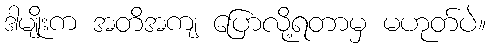
ဒါမျိုးက အတိအကျ ပြောလို့ရတာမှ မဟုတ်ပဲ။